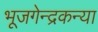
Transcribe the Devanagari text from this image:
भूजगेन्द्रकन्या